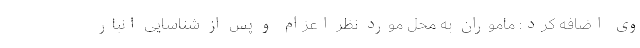
وی اضافه کرد: ماموران به محل مورد نظر اعزام و پس از شناسایی انبار